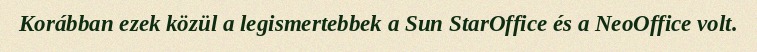
Korábban ezek közül a legismertebbek a Sun StarOffice és a NeoOffice volt.